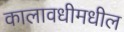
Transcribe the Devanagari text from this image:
कालावधीमधील